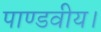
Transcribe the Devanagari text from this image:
पाण्डवीय।